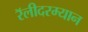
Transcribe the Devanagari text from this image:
रॅलीदरम्यान